Indian Civil Veterinary Department memoirs
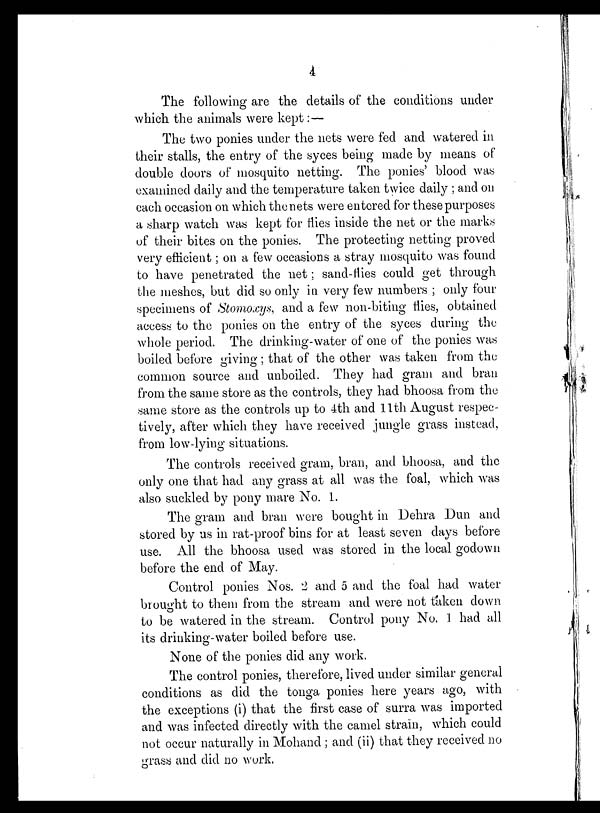
4
The following are the details of the conditions under
which the animals were kept:—
The two ponies under the nets were fed and watered in
their stalls, the entry of the syces being made by means of
double doors of mosquito netting. The ponies' blood was
examined daily and the temperature taken twice daily; and on
each occasion on which the nets were entered for these purposes
a sharp watch was kept for flies inside the net or the marks
of their bites on the ponies. The protecting netting proved
very efficient; on a few occasions a stray mosquito was found
to have penetrated the net; sand-flies could get through
the meshes, but did so only in very few numbers; only four
specimens of Stomoxys, and a few non-biting flies, obtained
access to the ponies on the entry of the syces during the
whole period. The drinking-water of one of the ponies was
boiled before giving; that of the other was taken from the
common source and unboiled. They had gram and bran
from the same store as the controls, they had bhoosa from the
same store as the controls up to 4th and 11th August respec-
tively, after which they have received jungle grass instead,
from low-lying situations.
The controls received gram, bran, and bhoosa, and the
only one that had any grass at all was the foal, which was
also suckled by pony mare No. 1.
The gram and bran were bought in Dehra Dun and
stored by us in rat-proof bins for at least seven days before
use. All the bhoosa used was stored in the local godown
before the end of May.
Control ponies Nos. 2 and 5 and the foal had water
brought to them from the stream and were not taken down
to be watered in the stream. Control pony No. 1 had all
its drinking-water boiled before use.
None of the ponies did any work.
The control ponies, therefore, lived under similar general
conditions as did the tonga ponies here years ago, with
the exceptions (i) that the first case of surra was imported
and was infected directly with the camel strain, which could
not occur naturally in Mohand; and (ii) that they received no
grass and did no work.